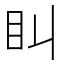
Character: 𥃧